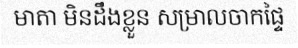
មាតា មិនដឹងខ្លួន សម្រាលចាកផ្ទៃ